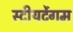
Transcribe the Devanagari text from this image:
स्टीयर्टेगम